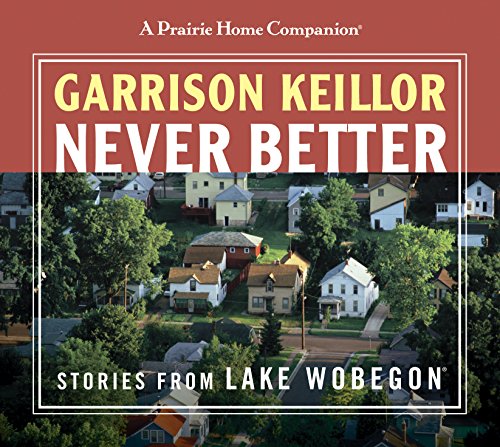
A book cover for Never Better: Stories from Lake Wobegon; Garrison Keillor; Humor & Entertainment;